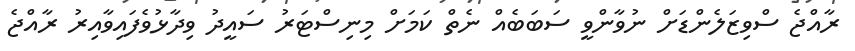
ރާއްޖެ ސްވިޒަލެންޑަށް ނުވާންވީ ސަބަބެއް ނެތް ކަމަށް މިނިސްޓަރު ސައީދު ވިދާޅުވެފައިވާއިރު ރާއްޖެ